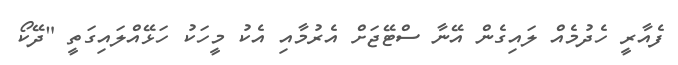
ފެއާރީ ހެދުމެއް ލައިގެން އޭނާ ސްޓޭޖަށް އެރުމާއި އެކު މީހަކު ހަޅޭއްލައިގަތީ "ދޭކޯ